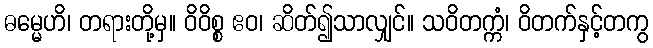
ဓမ္မေဟိ၊ တရားတို့မှ။ ဝိဝိစ္စ ဧဝ၊ ဆိတ်၍သာလျှင်။ သဝိတက္ကံ၊ ဝိတက်နှင့်တကွ